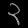
Digit: ၃